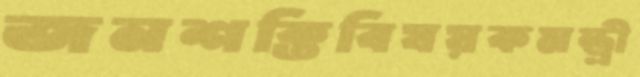
জনশক্তিবিষয়কমন্ত্রী